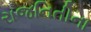
રાજનિતીના